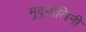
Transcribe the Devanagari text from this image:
मुदुमालिनी